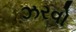
ઝરવો